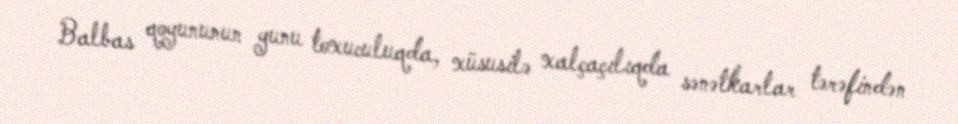
Balbas qoyununun yunu toxuculuqda, xüsusilə xalçaçılıqda sənətkarlar tərəfindən